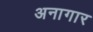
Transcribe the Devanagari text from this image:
अनागार